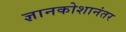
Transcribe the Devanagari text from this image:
ज्ञानकोशानंतर